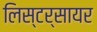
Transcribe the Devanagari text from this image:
लिस्टर्सायर